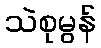
သဲစုမွန်